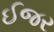
ઈજર